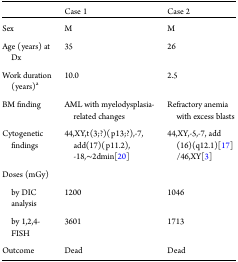
<table><thead><tr><td></td><td><b>Case 1</b></td><td><b>Case 2</b></td></tr></thead><tbody><tr><td>Sex</td><td>M</td><td>M</td></tr><tr><td>Age (years) at Dx</td><td>35</td><td>26</td></tr><tr><td>Work duration (years)<sup>a</sup></td><td>10.0</td><td>2.5</td></tr><tr><td>BM finding</td><td>AML with myelodysplasia-related changes</td><td>Refractory anemia with excess blasts</td></tr><tr><td>Cytogenetic findings</td><td>44,XY,t(3;?)(p13;?),-7, add(17)(p11.2), -18,∼2dmin[20]</td><td>44,XY,-5,-7, add(16)(q12.1)[17] /46,XY[3]</td></tr><tr><td>Doses (mGy)</td><td></td><td></td></tr><tr><td> by DIC analysis</td><td>1200</td><td>1046</td></tr><tr><td> by 1,2,4-FISH</td><td>3601</td><td>1713</td></tr><tr><td>Outcome</td><td>Dead</td><td>Dead</td></tr></tbody></table>